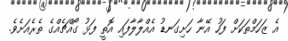
އެ ޒަހަމްތަކަށް ފަހު އޭނާ ހަށިގަނޑު އެއްލާލާފައި އޮތީ ފަޅު ގޯއްޗެއްގެ ތެރެއަށެވެ.